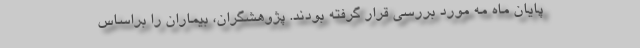
پایان ماه مه مورد بررسی قرار گرفته بودند. پژوهشگران، بیماران را براساس